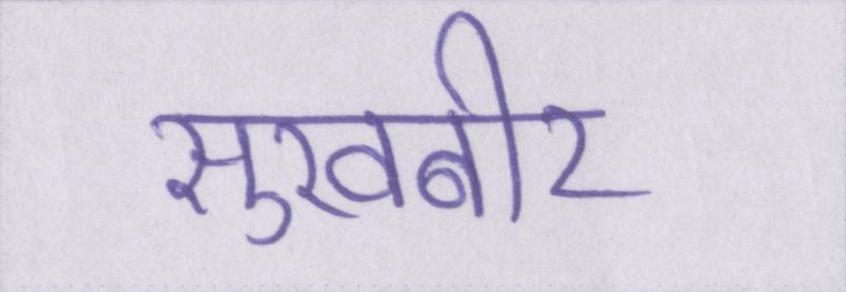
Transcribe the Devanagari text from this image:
सुखबीर